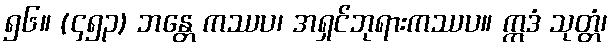
၅၆။ (၄၅၃) ဘန္တေ ကဿပ၊ အရှင်ဘုရားကဿပ။ ဣဒံ သုတ္တံ၊